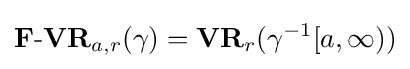
\mathbf {F} {\text{-}}\mathbf {VR} _{a,r}(\gamma )=\mathbf {VR} _{r}(\gamma ^{-1}[a,\infty ))